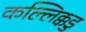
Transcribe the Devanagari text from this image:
कल्लिक्कडु